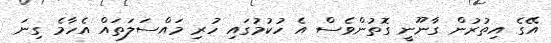
އޭގެ އިތުރުން ގާނޫނީ ގޮތުންވެސް އެ ހުކުމުގައި ހުރި މައްސަލަތައް އެހާމެ ގިނަ